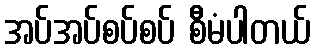
အပ်အပ်စပ်စပ် စီမံပါတယ်